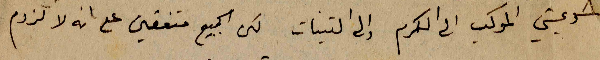
دعيتي الموكب الى الكرم والى التينات لكن الجميع متفقين على انه لا لزوم